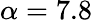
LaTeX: \alpha=7.8